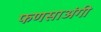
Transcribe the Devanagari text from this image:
फणसाअंगी